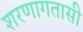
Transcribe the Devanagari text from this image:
शरणागतासी